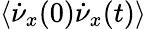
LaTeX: \left<\dot{\nu}_{x}(0)\dot{\nu}_{x}(t)\right>